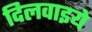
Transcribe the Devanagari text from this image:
दिलवाइये